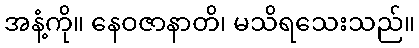
အနံ့ကို။ နေဝဇာနာတိ၊ မသိရသေးသည်။